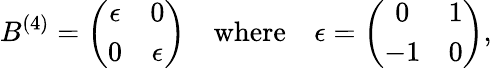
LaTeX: B^{(4)}=\left(\begin{array}{cc}{{\epsilon}}&{{0}}\\ {{0}}&{{\epsilon}}\end{array}\right)\quad\mathrm{where}\quad\epsilon=\left(\begin{array}{cc}{{0}}&{{1}}\\ {{-1}}&{{0}}\end{array}\right),